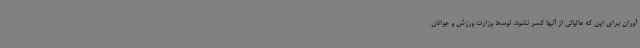
آوران برای این که مالیاتی از آنها کسر نشود، توسط وزارت ورزش و جوانان